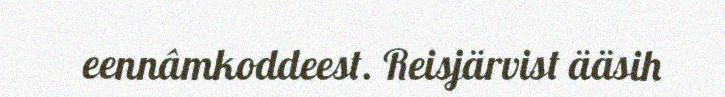
eennâmkoddeest. Reisjärvist ääsih